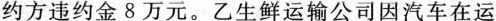
约方违约金8万元。乙生鲜运输公司因汽车在运